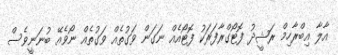
އާލާ އިބްރާހިމް ރަޝީދު ފޮޓޯގްރާފަރަކު ފޮޓޯއެއް ނަގަން ވަގުތެއް ވަގުތެއް ނޯވެއޭ ބުނަނީވެސް